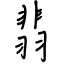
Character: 翡